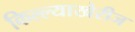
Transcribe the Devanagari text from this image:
किल्ल्याखेरीज